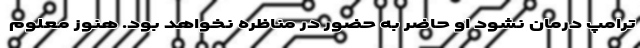
ترامپ درمان نشود او حاضر به حضور در مناظره نخواهد بود. هنوز معلوم